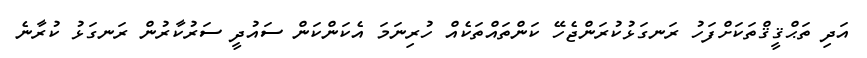
އަދި ތަޙްޤީޤްތަކަށްފަހު ރަނގަޅުކުރަންޖެހޭ ކަންތައްތަކެއް ހުރިނަމަ އެކަންކަން ސައުދީ ސަރުކާރުން ރަނގަޅު ކުރާނެ